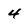
Character: 4